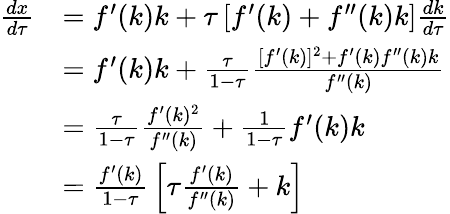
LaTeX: {\begin{array}{rl}{{\frac{dx}{d\tau}}}&{=f^{\prime}(k)k+\tau\left[f^{\prime}(k)+f^{\prime\prime}(k)k\right]{\frac{dk}{d\tau}}}\\ &{=f^{\prime}(k)k+{\frac{\tau}{1-\tau}}{\frac{[f^{\prime}(k)]^{2}+f^{\prime}(k)f^{\prime\prime}(k)k}{f^{\prime\prime}(k)}}}\\ &{={\frac{\tau}{1-\tau}}{\frac{f^{\prime}(k)^{2}}{f^{\prime\prime}(k)}}+{\frac{1}{1-\tau}}f^{\prime}(k)k}\\ &{={\frac{f^{\prime}(k)}{1-\tau}}\left[\tau{\frac{f^{\prime}(k)}{f^{\prime\prime}(k)}}+k\right]}\end{array}}